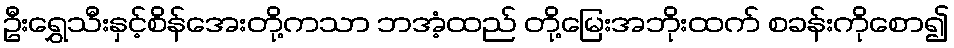
ဦးရွှေသီးနှင့်စိန်အေးတို့ကသာ ဘအံ့ထည် တို့မြေးအဘိုးထက် စခန်းကိုစော၍